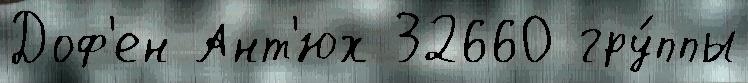
Доф'ен Ант'юх 32660 гру́ппы